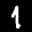
Label: 1